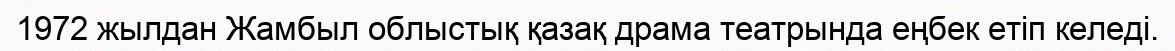
1972 жылдан Жамбыл облыстық қазақ драма театрында еңбек етіп келеді.